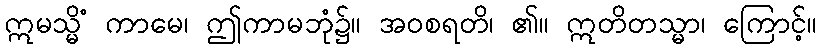
ဣမသ္မိံ ကာမေ၊ ဤကာမဘုံ၌။ အဝစရတိ၊ ၏။ ဣတိတသ္မာ၊ ကြောင့်။